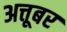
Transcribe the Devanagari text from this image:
अत्तूबर